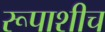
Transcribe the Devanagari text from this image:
रूपाशीच